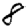
Digit: 8